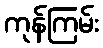
ကုန်ကြမ်း